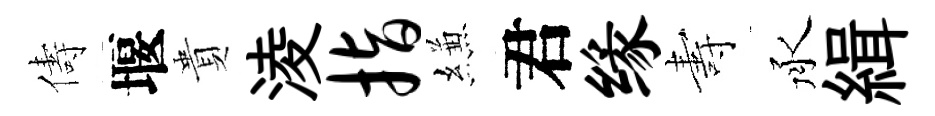
儔堰貴淩指縑君缘夀承緝